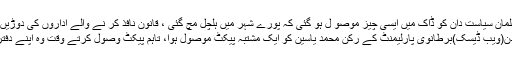
برطانیہ کے مشہور مسلمان سیاست دان کو ڈاک میں ایسی چیز موصو ل ہو گئی کہ پورے شہر میں ہلچل مچ گئی ، قانون نافذ کر نے والے اداروں کی دوڑیں | Inqalaab News
لندن(ویب ڈیسک)برطانوی پارلیمنٹ کے رکن محمد یاسین کو ایک مشتبہ پیکٹ موصول ہوا، تاہم پیکٹ وصول کرتے وقت وہ اپنے دفتر میں موجود نہیں تھے۔